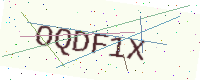
Text: OQDF1X